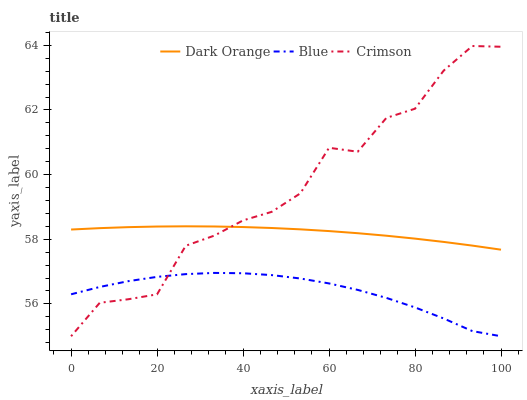
| xaxis_label | Dark Orange | Blue | Crimson |
 | --- | --- | --- | --- |
 | 0 | 58.3 | 56.3 | 55 |
 | 6.67 | 58.3 | 56.5 | 56 |
 | 13.3 | 58.4 | 56.7 | 56.1 |
 | 20 | 58.4 | 56.8 | 56.3 |
 | 26.7 | 58.4 | 56.9 | 57.8 |
 | 33.3 | 58.4 | 57 | 58.1 |
 | 40 | 58.4 | 56.9 | 58.6 |
 | 46.7 | 58.3 | 56.9 | 58.8 |
 | 53.3 | 58.3 | 56.8 | 59.4 |
 | 60 | 58.3 | 56.6 | 60.8 |
 | 66.7 | 58.2 | 56.4 | 60.7 |
 | 73.3 | 58.1 | 56.2 | 61.8 |
 | 80 | 58 | 55.9 | 62 |
 | 86.7 | 57.9 | 55.5 | 63.2 |
 | 93.3 | 57.8 | 55.2 | 64 |
 | 100 | 57.7 | 55 | 64 |